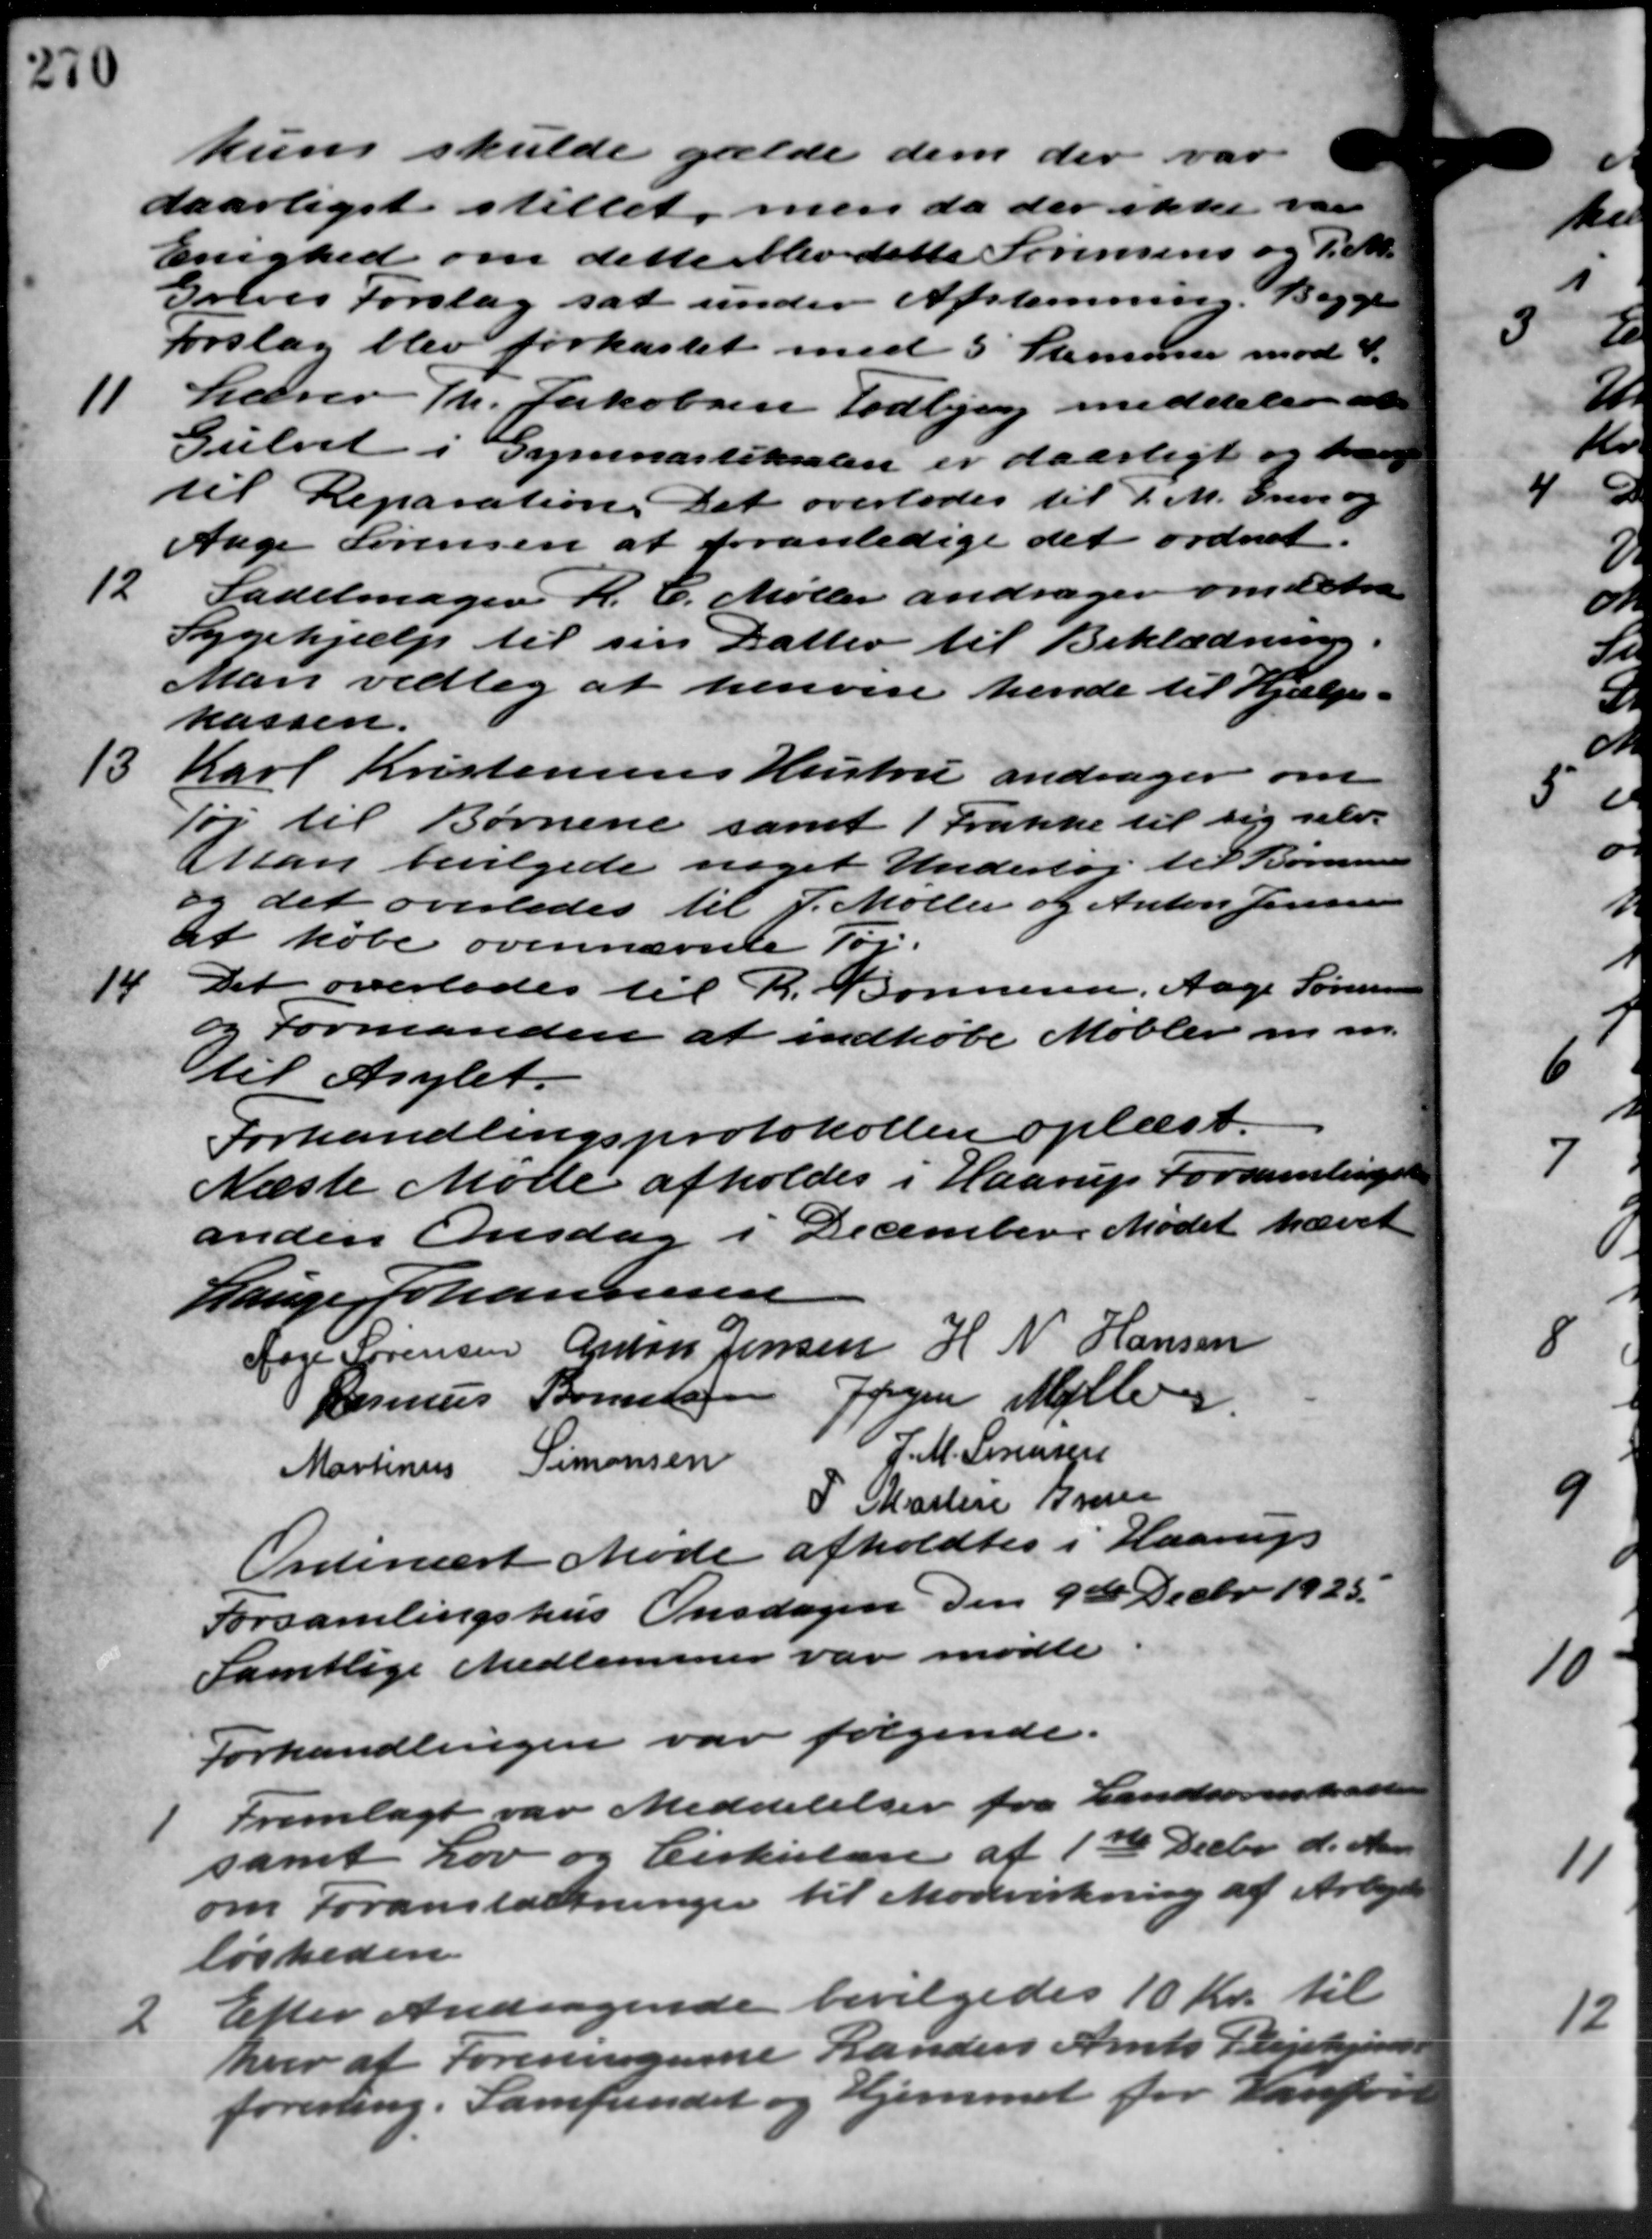
Transskription:
kun skulde gælde dem der
daarligst stillet, men da der ikke va
Enighed om dette blev dette Sørensens og P. M.
Greves Forslag sat under Afstemning. Begge
forslag blev forkastet med 5 Stemmer mod 4.
11
Lærer Th. Jakobsen Todbjerg meddeler at
Gulvet i Gymnastiksalen er daarligt og han
til Reparation. Det overlodes til d. M. Greve og
Aage Sørensen at foranledige det ordnet.
12
Sadelmager H. C. Møller andrager om det
Sygehjælp til sin Datter til Beklædning.
Man vedtog at henvise hende til Hjælp.
kassen.
13
Karl Kristensens Hustru andrager om
Tøj til Børnene samt 1 Trække til sig selv.
Man bevilgede noget Undertøj til Børne
og det overledes til J. Møller og Anton Jensen
at købe ovennævnte Tøj.
14
Det overlodes til R. Bonnesen, Aage Sørensen
og Formanden at indkøbe Møbler m. m.
til Asylet.
Forhandlingsprotokollen oplæst.
Næste Møde afholdes i Haarup Forsamlinge
anden Onsdag i December Mødet hæve
Lauge Johannesen
Aage Sørensen Anton Jensen H N Hansen
Jørgen Møller
Rasmus Bornho
J. M. Sørensen
Martinus Simonsen
P Martin Grover
Ordinært Møde afholdtes i Haarup
Forsamlingshus Onsdagen den 9de Decbr. 1925.
Samtlige Medlemmer var mødte
Forhandlingen var følgende.

Fremlagt var Meddelelser fra Landsoverskat
samt Lov og Cirkulære af 1ste Decbr. d. Mart
om Foranstaltninger til Modvirkning af Arbejde
løsheden
2
Efter Andragende bevilgedes 10 Kr. til
hver at Foreningenne Randers Amts Plejehjem
foresling. Samfundet og Hjemmet for Hanfor